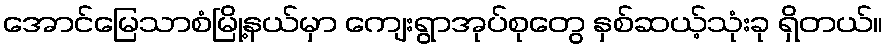
အောင်မြေသာစံမြို့နယ်မှာ ကျေးရွာအုပ်စုတွေ နှစ်ဆယ့်သုံးခု ရှိတယ်။